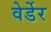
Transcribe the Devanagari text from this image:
वेर्डेर